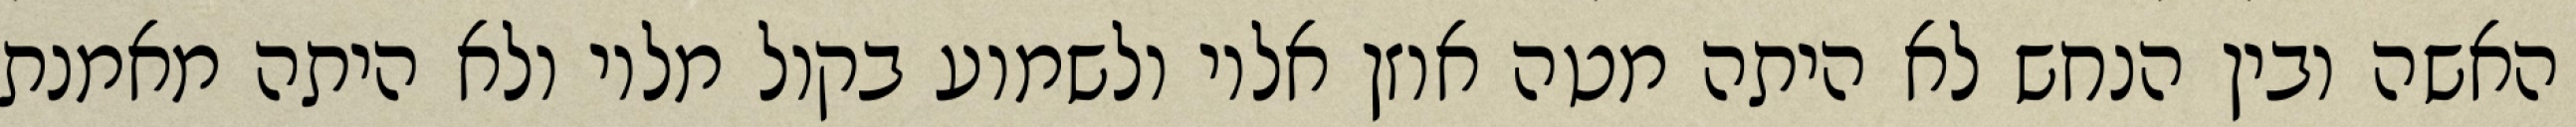
האשה ובין הנחש לא היתה מטה אוזן אליו ולשמוע בקול מליו ולא היתה מאמנת